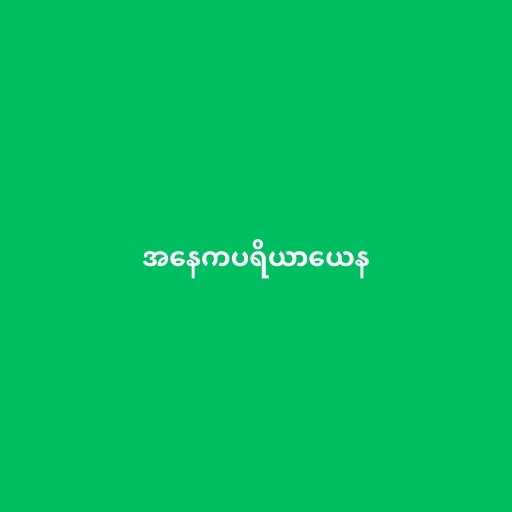
အနေကပရိယာယေန